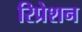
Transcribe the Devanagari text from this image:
रिप्रेशन